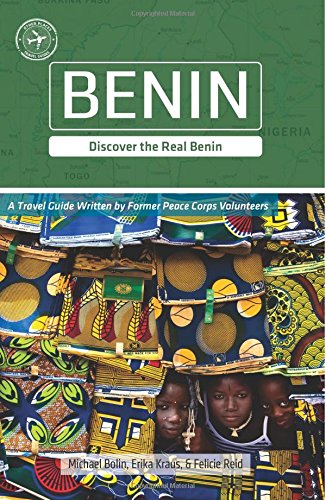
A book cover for Benin (Other Places Travel Guide); Michael Bolin; Travel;